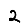
Digit: 2